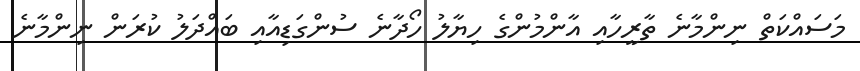
މަސައްކަތް ނިންމާނެ ތާރީހާއި އާންމުންގެ ހިޔާލު ހޯދާނެ ސުންގަޑިއާއި ބައްދަލު ކުރަން ނިންމާނެ